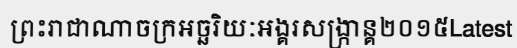
ព្រះរាជាណាចក្រអច្ឆរិយៈអង្គរសង្ក្រាន្គ២០១៥Latest